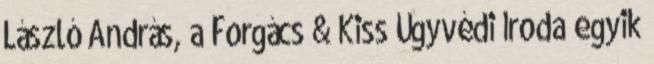
László András, a Forgács & Kiss Ügyvédi Iroda egyik